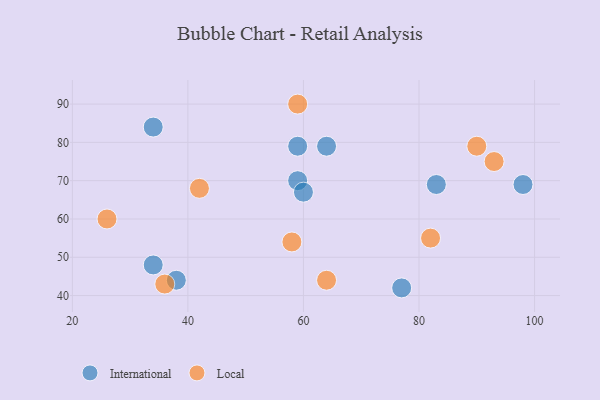
{"axis": {"x": "GDP", "y": "Life Expectancy"}, "legend": ["International", "Local"], "data": [{"x": "38", "y": 44, "type": "International"}, {"x": "98", "y": 69, "type": "International"}, {"x": "77", "y": 42, "type": "International"}, {"x": "83", "y": 69, "type": "International"}, {"x": "59", "y": 70, "type": "International"}, {"x": "59", "y": 79, "type": "International"}, {"x": "34", "y": 48, "type": "International"}, {"x": "34", "y": 84, "type": "International"}, {"x": "60", "y": 67, "type": "International"}, {"x": "64", "y": 79, "type": "International"}, {"x": "90", "y": 79, "type": "Local"}, {"x": "64", "y": 44, "type": "Local"}, {"x": "93", "y": 75, "type": "Local"}, {"x": "59", "y": 90, "type": "Local"}, {"x": "82", "y": 55, "type": "Local"}, {"x": "26", "y": 60, "type": "Local"}, {"x": "58", "y": 54, "type": "Local"}, {"x": "42", "y": 68, "type": "Local"}, {"x": "36", "y": 43, "type": "Local"}]}